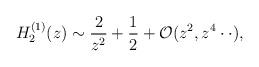
LaTeX: \begin{align*}H^{(1)}_2 (z) \sim \frac{2}{z^2}+ \frac{1}{2}+{\cal O}(z^2,z^4 \cdot \cdot),\end{align*}